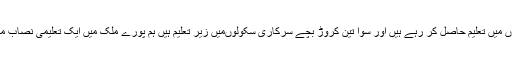
25لاکھ بچے مدرسوں میں تعلیم حاصل کر رہے ہیں اور سوا تین کروڑ بچے سرکاری سکولوںمیں زیر تعلیم ہیں ہم پورے ملک میں ایک تعلیمی نصاب متعارف کروائیں گے ۔